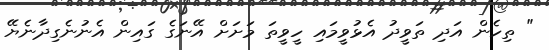
" ތިހެން އަދި ތަވީދު އެޅުވީމައި ހީވީތަ މަށަށް އޭނަގެ ގައިން އެނުނެގިދާނެޔޭ